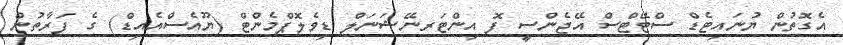
އެގޮތުން ޔުނައިޓެޑް ސްޓޭޓްސް އޭޖެންސީ ފޮ އިންޓަރނޭޝަނަލް ޑިވެލޮޕްމެންޓް (ޔޫއެސްއެއިޑް) ގެ ފަރާތުން